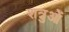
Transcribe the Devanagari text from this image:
शत्रुओें